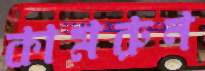
কামরুন